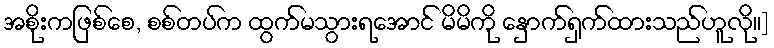
အစိုးကဖြစ်စေ, စစ်တပ်က ထွက်မသွားရအောင် မိမိကို နှောက်ရှက်ထားသည်ဟူလို။]